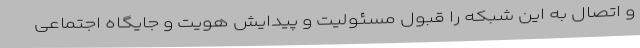
و اتصال به این شبکه را قبول مسئولیت و پیدایش هویت و جایگاه اجتماعی